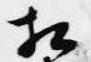
相